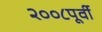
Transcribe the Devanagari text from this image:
२००८पूर्वी